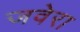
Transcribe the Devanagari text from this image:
जवेरा